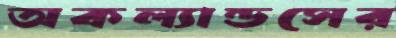
অকল্যান্ডসের